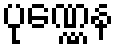
ပုဏ္ဏေန